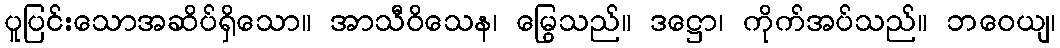
ပူပြင်းသောအဆိပ်ရှိသော။ အာသီဝိသေန၊ မြွေသည်။ ဒဋ္ဌော၊ ကိုက်အပ်သည်။ ဘဝေယျ၊